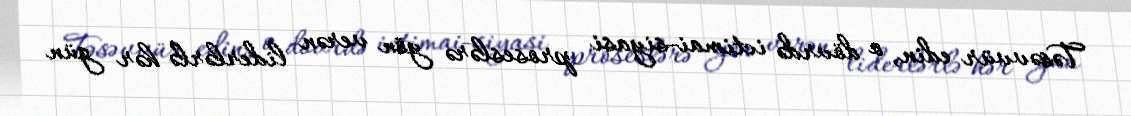
Təsəvvür edin, o dövrdə ictimai-siyasi proseslərə yön verən liderlərlə hər gün